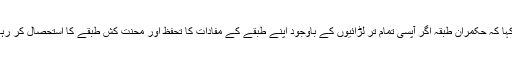
صدر ہیلتھ ایملائزآرگنائزیشن آ زاد کشمیر سردار افضل شاہین نے بات کرتے ہوئے کہا کہ حکمران طبقہ اگر آپسی تمام تر لڑائیوں کے باوجود اپنے طبقے کے مفادات کا تحفظ اور محنت کش طبقے کا استحصال کر رہا ہے تو محنت کش طبقے کو بھی بحثیت طبقہ منظم ہو کر طبقا تی جنگ لڑنا ہو گی۔